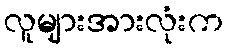
လူများအားလုံးက